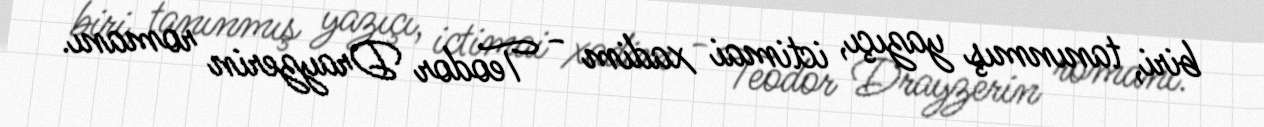
biri, tanınmış yazıçı, ictimai xadim - Teodor Drayzerin romanı.